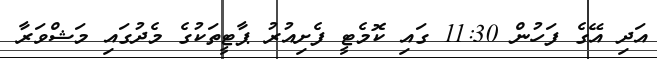
އަދި އޭގެ ފަހުން 11:30 ގައި ކޮމެޓީ ފެށިއުރު ޕާޓީތަކުގެ މެދުގައި މަޝްވަރާ